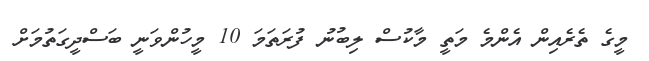
މީގެ ތެރެއިން އެންމެ މަތީ މާކުސް ލިބުނު ފުރަތަމަ 10 މީހުންވަނީ ބަސްދީގަތުމަށް